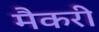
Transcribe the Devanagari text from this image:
मैकरी